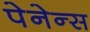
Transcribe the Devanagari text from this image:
पेनेन्स